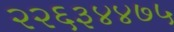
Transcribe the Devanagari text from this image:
२२६३४४७५